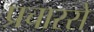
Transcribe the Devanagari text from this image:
प्रचारसे